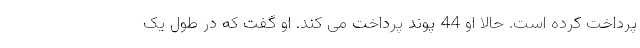
پرداخت کرده است. حالا او 44 پوند پرداخت می کند. او گفت که در طول یک